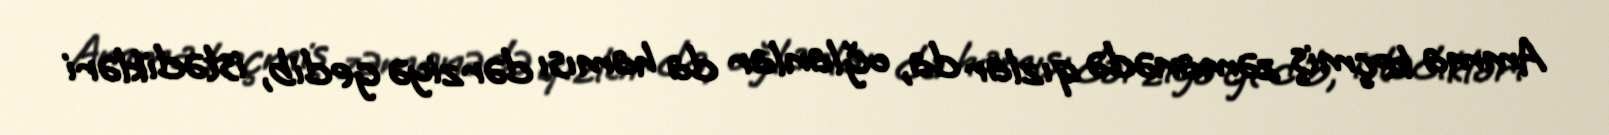
Amma keçmiş zəmanədə qızlar da, oğlanlar da hamısı dərziyə gedib, istədikləri